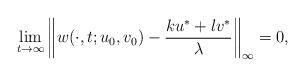
LaTeX: \begin{align*} \lim_{t\to\infty}\left\|w(\cdot,t;u_0,v_0)-\frac{ku^*+lv^*}{\lambda}\right\|_\infty=0, \end{align*}